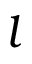
l